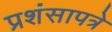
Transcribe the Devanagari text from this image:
प्रशंसापत्रे